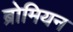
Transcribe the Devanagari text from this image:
ब्रोमियन